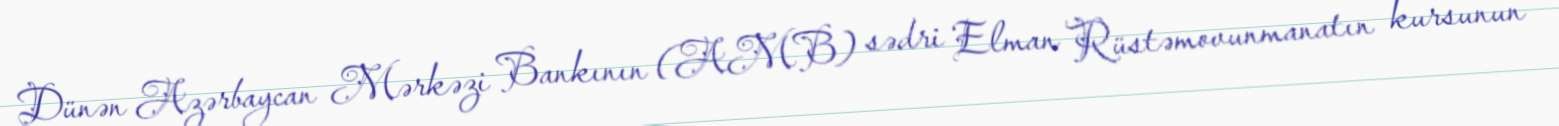
Dünən Azərbaycan Mərkəzi Bankının (AMB) sədri Elman Rüstəmovunmanatın kursunun